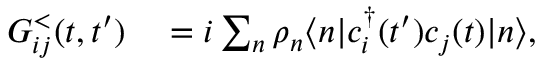
\begin{array} { r l } { G _ { i j } ^ { < } ( t , t ^ { \prime } ) } & { { } = i \sum _ { n } \rho _ { n } \langle n | c _ { i } ^ { \dagger } ( t ^ { \prime } ) c _ { j } ( t ) | n \rangle , } \end{array}